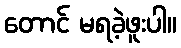
တောင် မရခဲ့ဖူးပါ။